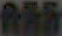
RAS